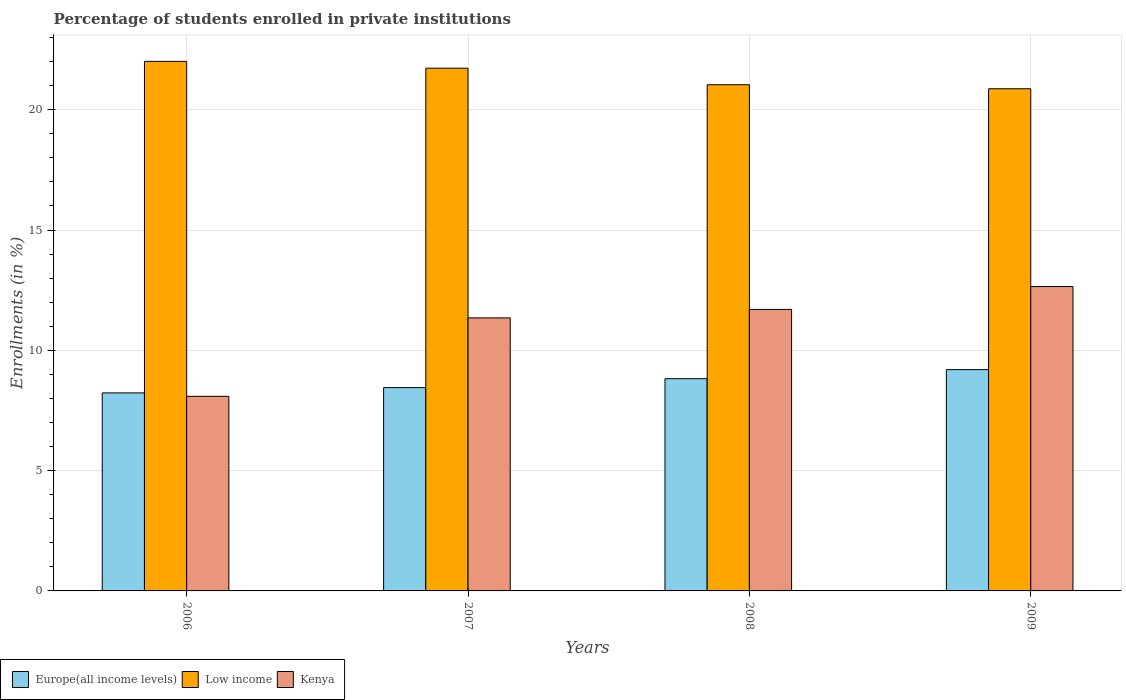
| Years | Europe(all income levels) | Low income | Kenya |
 | --- | --- | --- | --- |
 | 2006 | 8.23 | 22 | 8.09 |
 | 2007 | 8.45 | 21.7 | 11.3 |
 | 2008 | 8.82 | 21 | 11.7 |
 | 2009 | 9.2 | 20.9 | 12.7 |